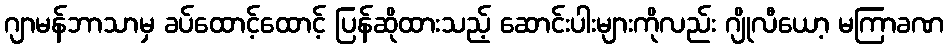
ဂျာမန်ဘာသာမှ ခပ်ထောင့်ထောင့် ပြန်ဆိုထားသည့် ဆောင်းပါးများကိုလည်း ဂျိုလီယော့ မကြာခဏ